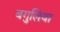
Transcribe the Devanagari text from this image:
बगुलिया